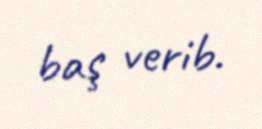
baş verib.